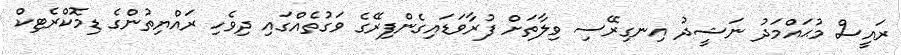
ރައީސް މުޙައްމަދު ނަޝީދު އިނގިރޭސި ވިލާތަށް ފުރާވަޑައިގެންފިރޭގެ ވަގުތެއްގައި ދިވެހި ރައްޔިތުންގެ ޑިމޮކްރެޓިކް